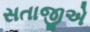
સતાજીએ